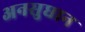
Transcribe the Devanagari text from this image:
अनसुधान